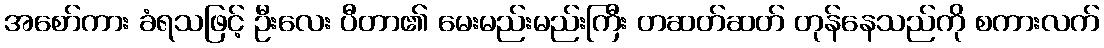
အစော်ကား ခံရသဖြင့် ဦးလေး ပီတာ၏ မေးမည်းမည်းကြီး တဆတ်ဆတ် တုန်နေသည်ကို စကားလက်